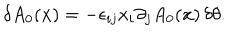
\delta A _ { 0 } ( { \bf x } ) = - \epsilon _ { i j } x _ { i } \partial _ { j } A _ { 0 } ( { \bf x } ) \, \delta \theta .